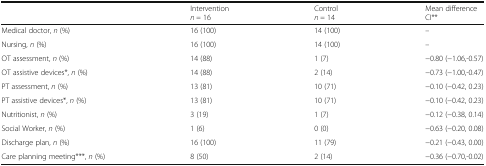
<table><thead><tr><td></td><td><b>Intervention<i>n =</i> 16</b></td><td><b>Control<i>n =</i> 14</b></td><td><b>Mean difference CI**</b></td></tr></thead><tbody><tr><td>Medical doctor, <i>n</i> (%)</td><td>16 (100)</td><td>14 (100)</td><td>–</td></tr><tr><td>Nursing, <i>n</i> (%)</td><td>16 (100)</td><td>14 (100)</td><td>–</td></tr><tr><td>OT assessment, <i>n</i> (%)</td><td>14 (88)</td><td>1 (7)</td><td>−0.80 (−1.06,-0.57)</td></tr><tr><td>OT assistive devices*, <i>n</i> (%)</td><td>14 (88)</td><td>2 (14)</td><td>−0.73 (−1.00,-0.47)</td></tr><tr><td>PT assessment, <i>n</i> (%)</td><td>13 (81)</td><td>10 (71)</td><td>−0.10 (−0.42, 0.23)</td></tr><tr><td>PT assistive devices*, <i>n</i> (%)</td><td>13 (81)</td><td>10 (71)</td><td>−0.10 (−0.42, 0.23)</td></tr><tr><td>Nutritionist, <i>n</i> (%)</td><td>3 (19)</td><td>1 (7)</td><td>−0.12 (−0.38, 0.14)</td></tr><tr><td>Social Worker, <i>n</i> (%)</td><td>1 (6)</td><td>0 (0)</td><td>−0.63 (−0.20, 0.08)</td></tr><tr><td>Discharge plan, <i>n</i> (%)</td><td>16 (100)</td><td>11 (79)</td><td>−0.21 (−0.43, 0.00)</td></tr><tr><td>Care planning meeting***, <i>n</i> (%)</td><td>8 (50)</td><td>2 (14)</td><td>−0.36 (−0.70,-0.02)</td></tr></tbody></table>